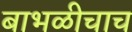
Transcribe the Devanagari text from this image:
बाभळीचाच